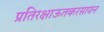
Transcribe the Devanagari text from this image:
प्रतिरक्षाऊतकरसायन